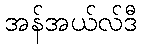
အန်အယ်လ်ဒီ